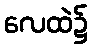
လေထဲ၌